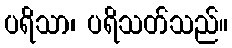
ပရိသာ၊ ပရိသတ်သည်။